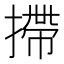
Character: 摕